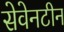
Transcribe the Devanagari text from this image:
सेवेनटीन